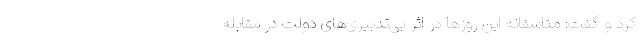
کرد و گفت: متاسفانه این روزها در اثر بی‌تدبیری‌های دولت در مقابله